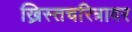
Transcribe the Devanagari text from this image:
ख्रिस्तचरित्रावर